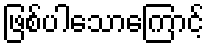
ဖြစ်ပါသောကြောင့်